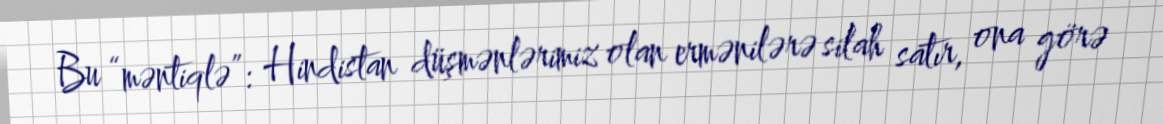
Bu “məntiqlə”: Hindistan düşmənlərimiz olan ermənilərə silah satır, ona görə